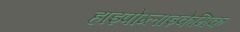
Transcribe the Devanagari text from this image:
हाइपोग्लाइकेमिक